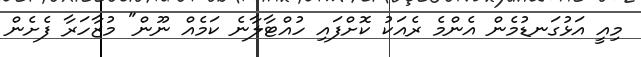
މިއީ އަޅުގަނޑުމެން އެންމެ ރެއަކު ކޮށްފައި ހުއްޓާލާނެ ކަމެއް ނޫން" މުޒާހަރާ ފެށެން